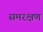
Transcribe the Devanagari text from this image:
समरक्षण